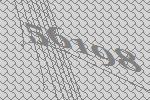
56198